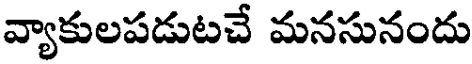
వ్యాకులపడుటచే మనసునందు